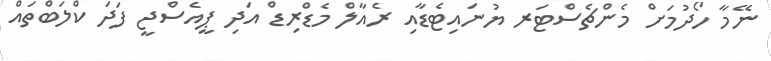
ނޭމާ ހޯދުމަށް މެންޗެސްޓަރ ޔުނައިޓެޑާއި ރެއާލް މެޑްރިޑް އަދި ޕީއެސްޖީ ފަދަ ކްލަބްތައް